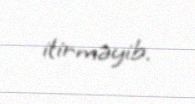
itirməyib.